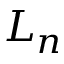
L _ { n }